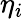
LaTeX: \eta_{i}